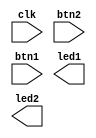

// Efinity Top-level template
// Version: 2019.3.272

// Copyright (C) 2017 - 2019 Efinix Inc. All rights reserved.

// This file may be used as a starting point for Efinity synthesis top-level target.
// The port list here matches what is expected by Efinity constraint files generated
// by the Efinity Interface Designer.

// To use this:
//     #1)  Save this file with a different name to a different directory, where source files are kept.
//              Example: you may wish to save as C:\Users\mwola\OneDrive\Coding\2020\HackFRee-Workshop-2020\LogicExample\LogicExample.v
//     #2)  Add the newly saved file into Efinity project as design file
//     #3)  Edit the top level entity in Efinity project to:  LogicExample
//     #4)  Insert design content.


module LogicExample
(
  input clk,
  input btn2,
  input btn1,
  output led1,
  output led2
);


endmodule